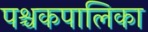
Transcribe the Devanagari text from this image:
पश्चकपालिका